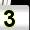
Digit: 3